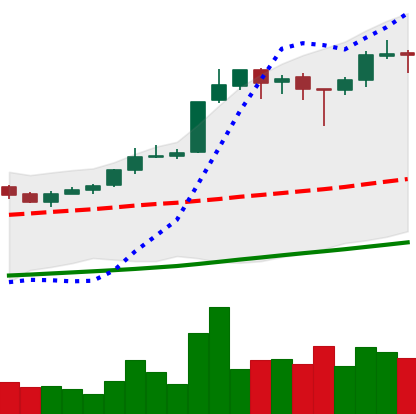
Ticker: BTC-USD
Chart end date: 2017-10-22
Forward return: -3.787%
Label: down_3_5